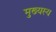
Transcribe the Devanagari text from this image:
मुख्यस्य